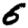
Digit: 6